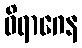
ဝိရာဂေန